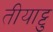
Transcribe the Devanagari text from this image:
तीयाट्टु